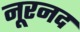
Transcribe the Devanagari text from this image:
नूरनद